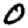
Digit: 0